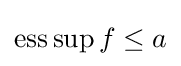
\operatorname {ess} \sup f\leq a